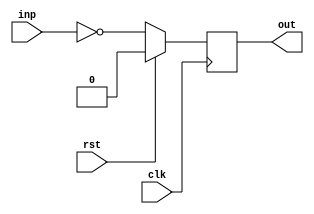
module attrib02_bar(clk, rst, inp, out);
  (* this_is_clock = 1 *)
  input  wire clk;
  (* this_is_reset = 1 *)
  input  wire rst;
  input  wire inp;
  (* an_output_register = 1*)
  output reg  out;

  always @(posedge clk)
    if (rst) out <= 1'd0;
    else     out <= ~inp;

endmodule

module attrib02_foo(clk, rst, inp, out);
  (* this_is_the_master_clock *)
  input  wire clk;
  input  wire rst;
  input  wire inp;
  output wire out;

  attrib02_bar bar_instance (clk, rst, inp, out);
endmodule